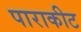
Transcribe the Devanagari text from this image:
पाराकीट